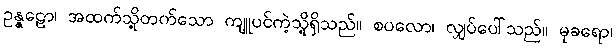
ဥန္နဠော၊ အထက်သို့တက်သော ကျူပင်ကဲ့သို့ရှိသည်။ စပလော၊ လျှပ်ပေါ်သည်။ မုခရော၊